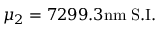
\mu _ { 2 } = 7 2 9 9 . 3 \mathrm { n m } \; \mathrm { S . I . }